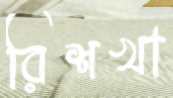
রিশখা